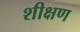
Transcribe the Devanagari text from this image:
शीक्षण